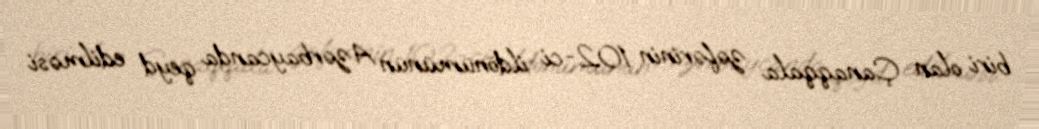
biri olan Çanaqqala zəfərinin 102-ci ildönümünün Azərbaycanda qeyd edilməsi